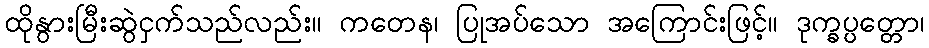
ထိုနွားမြီးဆွဲငှက်သည်လည်း။ ကတေန၊ ပြုအပ်သော အကြောင်းဖြင့်။ ဒုက္ခပ္ပတ္တော၊